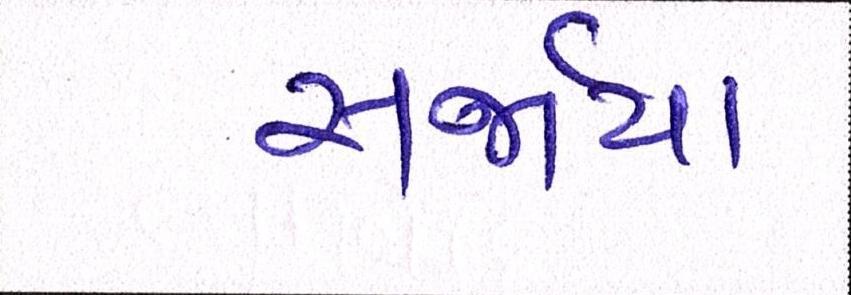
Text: સર્જાય